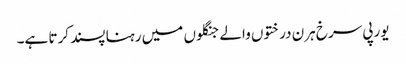
یورپی سرخ ہرن درختوں والے جنگلوں میں رہنا پسند کرتا ہے۔